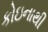
કોઇનાથી